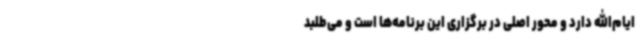
ایام‌الله دارد و محور اصلی در برگزاری این برنامه‌ها است و می‌طلبد